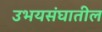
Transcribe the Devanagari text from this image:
उभयसंघातील